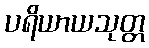
ပရိယာယသုတ္တ